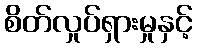
စိတ်လှုပ်ရှားမှုနှင့်